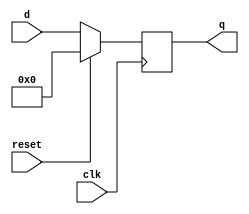
`timescale 1ns/100ps

module reg4(

        input wire clk,
        input wire reset,
    	input wire [3:0] d, 
    	output reg [3:0] q);

    always @(posedge clk)
        begin
            if (reset)
                q <= 4'b0;
            else
                q <= d;
        end

endmodule